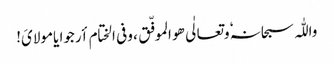
واللّٰہ سبحانہٗ وتعالٰی ھو الموفّق ، وفی الختام أرجوا یامولایَ!